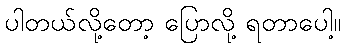
ပါတယ်လို့တော့ ပြောလို့ ရတာပေါ့။